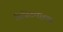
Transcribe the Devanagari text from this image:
डिजिटलाइज्ड